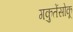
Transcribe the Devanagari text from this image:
गकुतेंसोकू